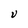
Character: V